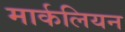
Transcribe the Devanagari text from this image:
मार्कलियन